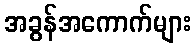
အခွန်အကောက်များ